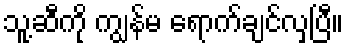
သူ့ဆီကို ကျွန်မ ရောက်ချင်လှပြီ။